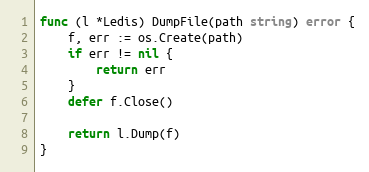
Language: Go
func (l *Ledis) DumpFile(path string) error {
	f, err := os.Create(path)
	if err != nil {
		return err
	}
	defer f.Close()

	return l.Dump(f)
}